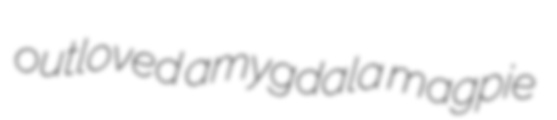
outloved amygdala magpie